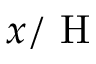
x / \mathrm { ~ H ~ }